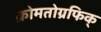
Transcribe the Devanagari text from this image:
क्रोमतोग्रफिक्